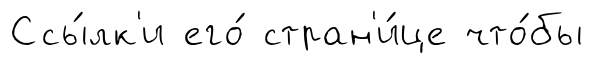
Ссы́лк'и его́ стран'и́це что́бы